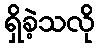
ရှိခဲ့သလို